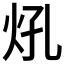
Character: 𤆺